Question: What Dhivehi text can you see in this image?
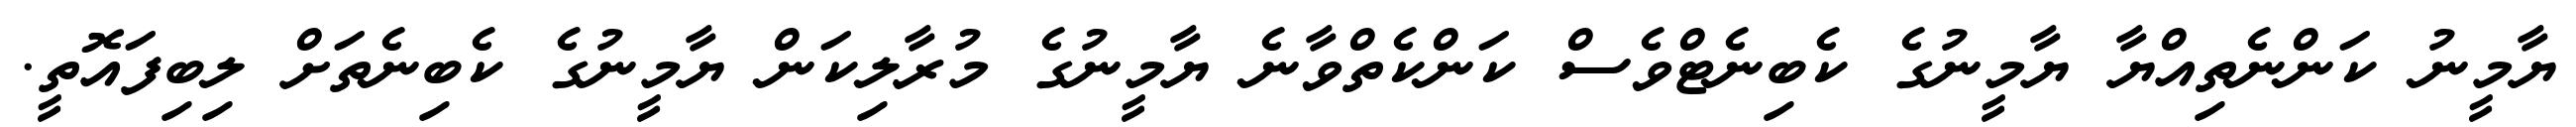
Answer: ޔާމީނު ކަންނެތިއްޔާ ޔާމީނުގެ ކެބިނެޓްވެސް ކަންކެތްވާނެ ޔާމީނުގެ މުރާލިކަން ޔާމީނުގެ ކެބިނެތަށް ލިބިފައޮތީ.